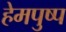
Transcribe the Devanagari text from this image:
हेमपुष्प